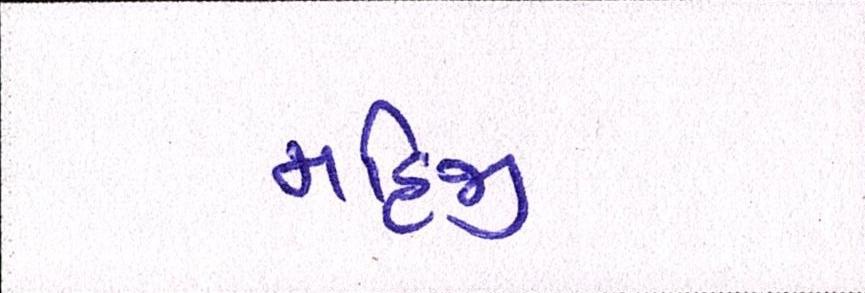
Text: મહિજી